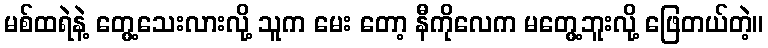
မစ်ထရဲနဲ့ တွေ့သေးလားလို့ သူက မေး တော့ နီကိုလေက မတွေ့ဘူးလို့ ဖြေတယ်တဲ့။